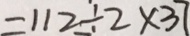
= 1 1 2 \div 2 \times 3 7